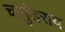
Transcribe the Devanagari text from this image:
चामंुडराय